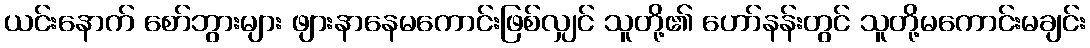
ယင်းနောက် စော်ဘွားများ ဖျားနာနေမကောင်းဖြစ်လျှင် သူတို့၏ ဟော်နန်းတွင် သူတို့မကောင်းမချင်း